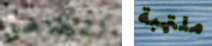
الطاهي ملتهبة